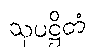
သုပဋ္ဌိတံ